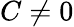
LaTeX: C\neq 0